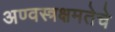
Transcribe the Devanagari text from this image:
अण्वस्त्रक्षमतेचे